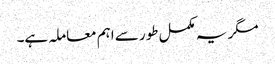
مگر یہ مکمل طور سے اہم معاملہ ہے۔